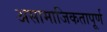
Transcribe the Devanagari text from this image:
असामाजिकतापूर्ण